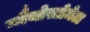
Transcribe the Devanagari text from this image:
ग्नैथोस्टोमेटा